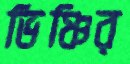
ভিঞ্চির